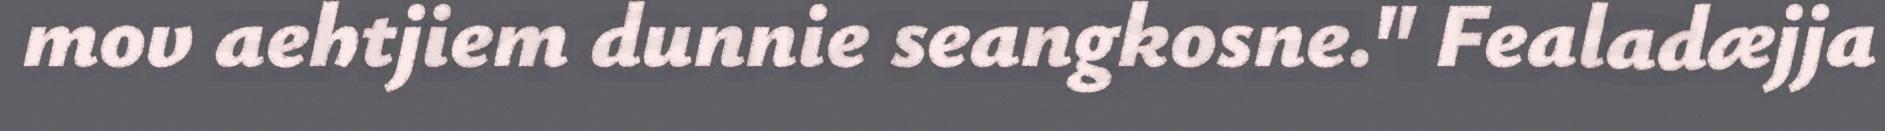
mov aehtjiem dunnie seangkosne." Fealadæjja